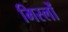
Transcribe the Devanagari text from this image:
मिस्लों